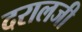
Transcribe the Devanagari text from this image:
दरालजी